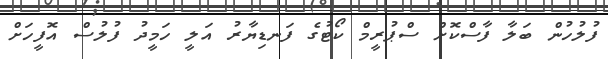
ފުލުހުން ބަލާ ފާސްކޮށް ސްޕުރީމް ކޯޓުގެ ފަަނޑިޔާރު އަލީ ހަމީދު ފުލުސް އޮފީހަށް